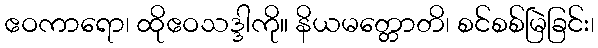
ဧဝကာရော၊ ထိုဧဝသဒ္ဒါကို။ နိယမတ္တောတိ၊ စင်စစ်မြဲခြင်း၊